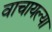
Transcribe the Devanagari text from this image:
वाचायल्या